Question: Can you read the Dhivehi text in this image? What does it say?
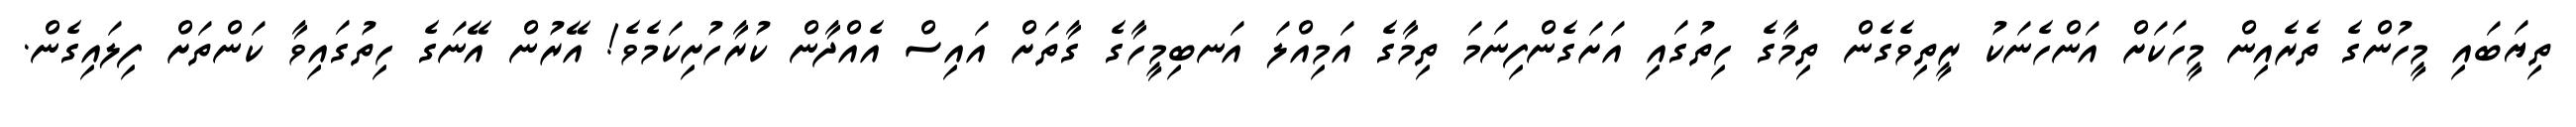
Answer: ތިޔަބައި މީހުންގެ ތެރެއިން މީހަކަށް އަންހެނަކު ރީތިވެގެން ތިމާގެ ހިތުގައި އަށަގެންފިނަމަ ތިމާގެ އަމިއްލަ އަނބިމީހާގެ ގާތަށް އައިސް އެއްދާން ކުރާހުށިކަމެވެ! އޭރުން އޭނަގެ ހިތުގައިވާ ކަންތަށް ފިލައިގެން.